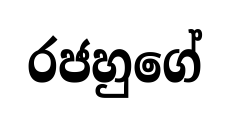
රජහුගේ